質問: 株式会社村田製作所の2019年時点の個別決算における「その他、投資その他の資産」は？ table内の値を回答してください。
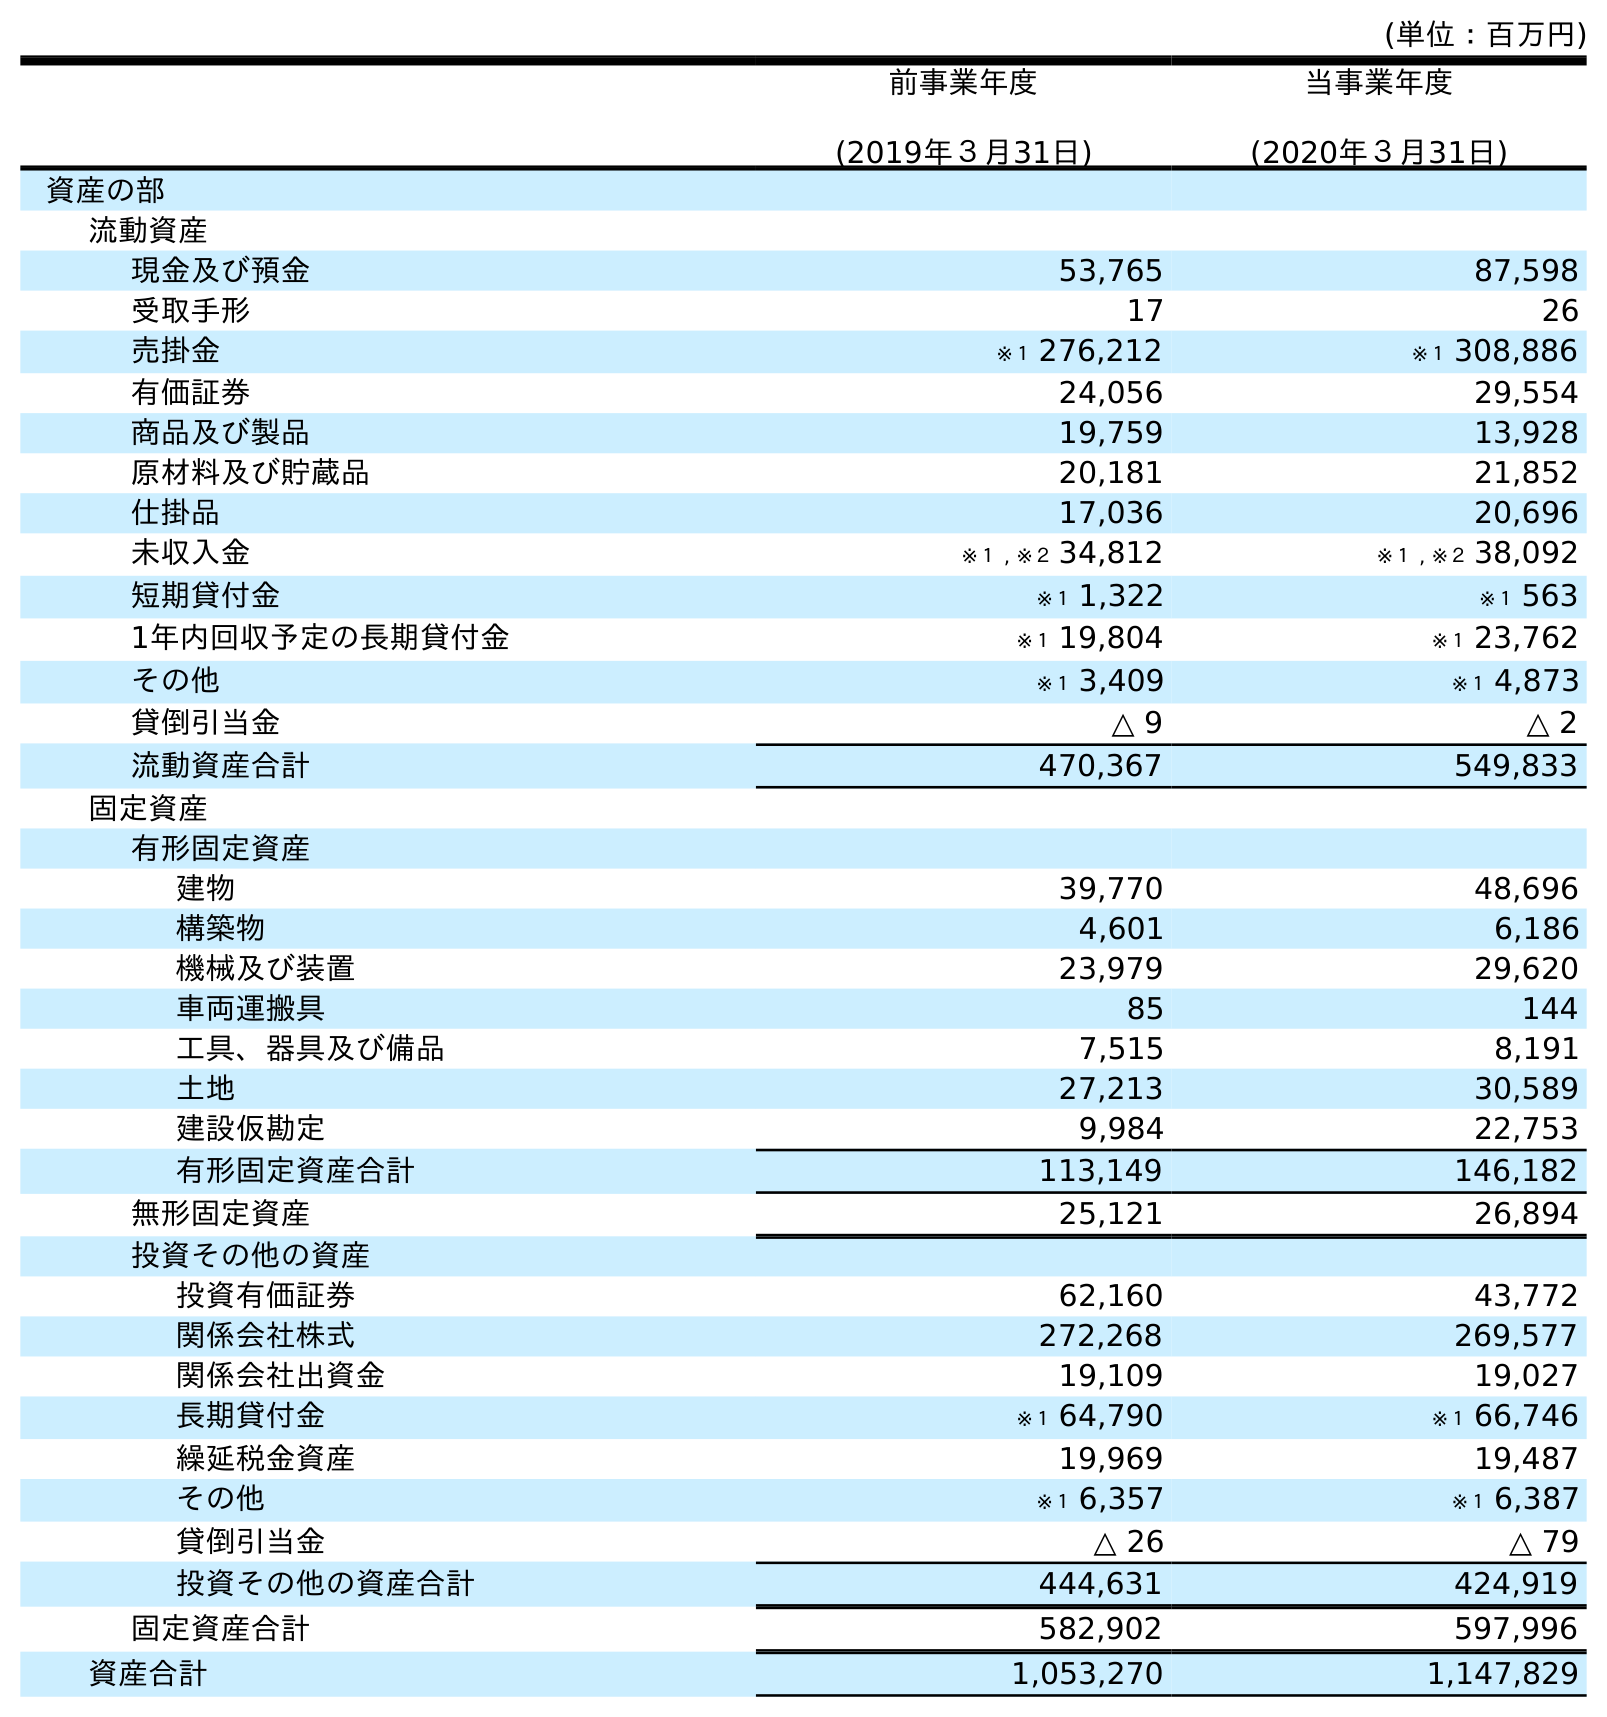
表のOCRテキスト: (単位：百万円) 前事業年度 (2019年３月31日) 当事業年度 (2020年３月31日) 資産の部 流動資産 現金及び預金 53,765 87,598 受取手形 17 26 売掛金 ※１ 276,212 ※１ 308,886 有価証券 24,056 29,554 商品及び製品 19,759 13,928 原材料及び貯蔵品 20,181 21,852 仕掛品 17,036 20,696 未収入金 ※１ , ※２ 34,812 ※１ , ※２ 38,092 短期貸付金 ※１ 1,322 ※１ 563 1年内回収予定の長期貸付金 ※１ 19,804 ※１ 23,762 その他 ※１ 3,409 ※１ 4,873 貸倒引当金 △ 9 △ 2 流動資産合計 470,367 549,833 固定資産 有形固定資産 建物 39,770 48,696 構築物 4,601 6,186 機械及び装置 23,979 29,620 車両運搬具 85 144 工具、器具及び備品 7,515 8,191 土地 27,213 30,589 建設仮勘定 9,984 22,753 有形固定資産合計 113,149 146,182 無形固定資産 25,121 26,894 投資その他の資産 投資有価証券 62,160 43,772 関係会社株式 272,268 269,577 関係会社出資金 19,109 19,027 長期貸付金 ※１ 64,790 ※１ 66,746 繰延税金資産 19,969 19,487 その他 ※１ 6,357 ※１ 6,387 貸倒引当金 △ 26 △ 79 投資その他の資産合計 444,631 424,919 固定資産合計 582,902 597,996 資産合計 1,053,270 1,147,829
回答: ※１6,357